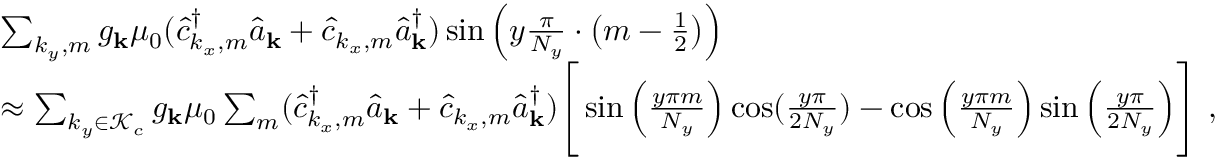
\begin{array} { r l } & { \sum _ { k _ { y } , m } { g _ { \bf k } } \mu _ { 0 } ( \hat { c } _ { k _ { x } , m } ^ { \dagger } \hat { a } _ { \bf k } + \hat { c } _ { k _ { x } , m } \hat { a } _ { \bf k } ^ { \dagger } ) \sin \Big ( y \frac { \pi } { N _ { y } } \cdot \big ( m - \frac { 1 } { 2 } \big ) \Big ) } \\ & { \approx \sum _ { k _ { y } \in \mathcal { K } _ { c } } { g _ { \bf k } } \mu _ { 0 } \sum _ { m } ( \hat { c } _ { k _ { x } , m } ^ { \dagger } \hat { a } _ { \bf k } + \hat { c } _ { k _ { x } , m } \hat { a } _ { \bf k } ^ { \dagger } ) \Bigg [ \sin \Big ( \frac { y \pi m } { N _ { y } } \Big ) \cos ( \frac { y \pi } { 2 N _ { y } } ) - \cos \Big ( \frac { y \pi m } { N _ { y } } \Big ) \sin \Big ( \frac { y \pi } { 2 N _ { y } } \Big ) \Bigg ] ~ , } \end{array}